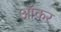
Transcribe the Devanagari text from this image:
ऑकर